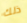
ذلك